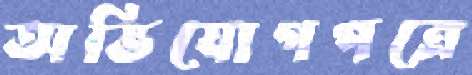
অভিযোগপত্রে